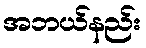
အဘယ်နည်း